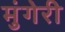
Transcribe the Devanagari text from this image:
मुंगेरी